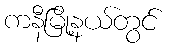
ကနီမြို့နယ်တွင်